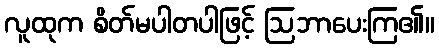
လူထုက စိတ်မပါတပါဖြင့် ဩဘာပေးကြ၏။